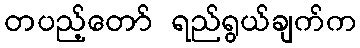
တပည့်တော် ရည်ရွယ်ချက်က